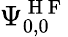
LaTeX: \Psi_{0,0}^{\mathrm{~H~F~}}